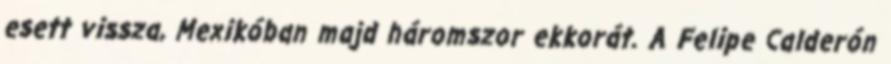
esett vissza, Mexikóban majd háromszor ekkorát. A Felipe Calderón